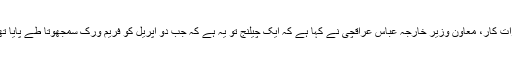
’العالم نیوز نیٹ ورک‘ کے ساتھ ایک انٹرویو میں، ایران کے اعلیٰ جوہری مذاکرات کار، معاون وزیر خارجہ عباس عراقچی نے کہا ہے کہ ایک چیلنج تو یہ ہے کہ جب دو اپریل کو فریم ورک سمجھوتا طے پایا تھا، اُس کے بعد، بات چیت میں شریک کچھ ملکوں کا نقطہ نظر تبدیل ہوچکا ہے۔